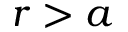
r > a